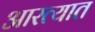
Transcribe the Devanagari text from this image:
आरत्यात